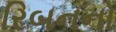
રિબનનો